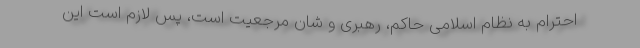
احترام به نظام اسلامی حاکم، رهبری و شان مرجعیت است، پس لازم است این